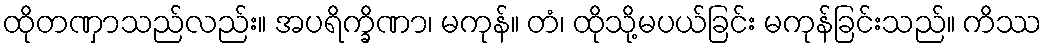
ထိုတဏှာသည်လည်း။ အပရိက္ခိဏာ၊ မကုန်။ တံ၊ ထိုသို့မပယ်ခြင်း မကုန်ခြင်းသည်။ ကိဿ